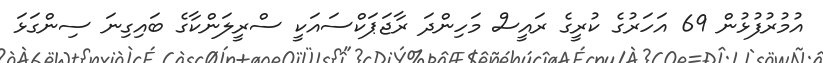
އުމުރުފުޅުން 69 އަހަރުގެ ކުރީގެ ރައީސް މަހިންދަ ރާޖަޕަކްސައަކީ ސްރީލަންކާގެ ބައިގިނަ ސިންގަޅަ